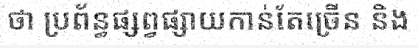
ថា ប្រព័ន្ធផ្សព្វផ្សាយកាន់តែច្រើន និង